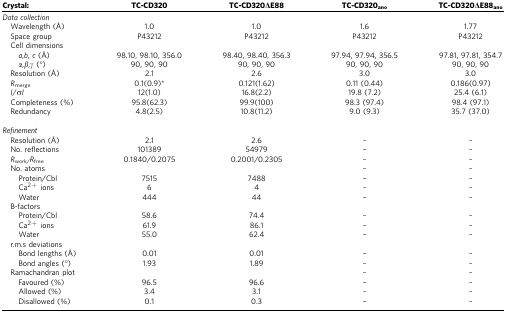
<table><thead><tr><td><b>Crystal:</b></td><td><b>TC-CD320</b></td><td><b>TC-CD320ΔE88</b></td><td><b>TC-CD320<sub>ano</sub></b></td><td><b>TC-CD320ΔE88<sub>ano</sub></b></td></tr></thead><tbody><tr><td colspan="5"><i>Data collection</i></td></tr><tr><td> Wavelength (Å)</td><td>1.0</td><td>1.0</td><td>1.6</td><td>1.77</td></tr><tr><td> Space group</td><td>P43212</td><td>P43212</td><td>P43212</td><td>P43212</td></tr><tr><td> Cell dimensions</td><td> </td><td> </td><td> </td><td> </td></tr><tr><td><i>a</i>,<i>b</i>, <i>c</i> (Å)</td><td>98.10, 98.10, 356.0</td><td>98.40, 98.40, 356.3</td><td>97.94, 97.94, 356.5</td><td>97.81, 97.81, 354.7</td></tr><tr><td><i>α,β,γ</i> (°)</td><td>90, 90, 90</td><td>90, 90, 90</td><td>90, 90, 90</td><td>90, 90, 90</td></tr><tr><td> Resolution (Å)</td><td>2.1</td><td>2.6</td><td>3.0</td><td>3.0</td></tr><tr><td> <i>R</i><sub>merge</sub></td><td>0.1(0.9)*</td><td>0.121(1.62)</td><td>0.11 (0.44)</td><td>0.186(0.97)</td></tr><tr><td> <i>I</i>/σ<i>I</i></td><td>12(1.0)</td><td>16.8(2.2)</td><td>19.8 (7.2)</td><td>25.4 (6.1)</td></tr><tr><td> Completeness (%)</td><td>95.8(62.3)</td><td>99.9(100)</td><td>98.3 (97.4)</td><td>98.4 (97.1)</td></tr><tr><td> Redundancy</td><td>4.8(2.5)</td><td>10.8(11.2)</td><td>9.0 (9.3)</td><td>35.7 (37.0)</td></tr><tr><td> </td><td> </td><td> </td><td> </td><td> </td></tr><tr><td colspan="5"><i>Refinement</i></td></tr><tr><td> Resolution (Å)</td><td>2.1</td><td>2.6</td><td>–</td><td>–</td></tr><tr><td> No. reflections</td><td>101389</td><td>54979</td><td>–</td><td>–</td></tr><tr><td> <i>R</i><sub>work/</sub><i>R</i><sub>free</sub></td><td>0.1840/0.2075</td><td>0.2001/0.2305</td><td>–</td><td>–</td></tr><tr><td> No. atoms</td><td> </td><td> </td><td>–</td><td>–</td></tr><tr><td>Protein/Cbl</td><td>7515</td><td>7488</td><td>–</td><td>–</td></tr><tr><td>Ca<sup>2+</sup> ions</td><td>6</td><td>4</td><td>–</td><td>–</td></tr><tr><td>Water</td><td>444</td><td>44</td><td>–</td><td>–</td></tr><tr><td> B-factors</td><td> </td><td> </td><td> </td><td> </td></tr><tr><td>Protein/Cbl</td><td>58.6</td><td>74.4</td><td>–</td><td>–</td></tr><tr><td>Ca<sup>2+</sup> ions</td><td>61.9</td><td>86.1</td><td>–</td><td>–</td></tr><tr><td>Water</td><td>55.0</td><td>62.4</td><td>–</td><td>–</td></tr><tr><td> r.m.s deviations</td><td> </td><td> </td><td> </td><td> </td></tr><tr><td>Bond lengths (Å)</td><td>0.01</td><td>0.01</td><td>–</td><td>–</td></tr><tr><td>Bond angles (°)</td><td>1.93</td><td>1.89</td><td>–</td><td>–</td></tr><tr><td> Ramachandran plot</td><td> </td><td> </td><td>–</td><td>–</td></tr><tr><td>Favoured (%)</td><td>96.5</td><td>96.6</td><td>–</td><td>–</td></tr><tr><td>Allowed (%)</td><td>3.4</td><td>3.1</td><td>–</td><td>–</td></tr><tr><td>Disallowed (%)</td><td>0.1</td><td>0.3</td><td>–</td><td>–</td></tr></tbody></table>